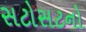
સટોસટનો